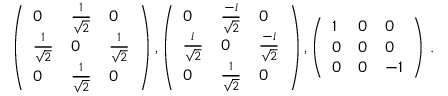
\left( \begin{array} { l l l } { 0 } & { \frac { 1 } { { \sqrt { 2 } } } } & { 0 } \\ { \frac { 1 } { { \sqrt { 2 } } } } & { 0 } & { \frac { 1 } { { \sqrt { 2 } } } } \\ { 0 } & { \frac { 1 } { { \sqrt { 2 } } } } & { 0 } \end{array} \right) , \left( \begin{array} { l l l } { 0 } & { \frac { - i } { \sqrt { 2 } } } & { 0 } \\ { \frac { i } { { \sqrt { 2 } } } } & { 0 } & { \frac { - i } { { \sqrt { 2 } } } } \\ { 0 } & { \frac { 1 } { { \sqrt { 2 } } } } & { 0 } \end{array} \right) , \left( \begin{array} { l l l } { 1 } & { 0 } & { 0 } \\ { 0 } & { 0 } & { 0 } \\ { 0 } & { 0 } & { - 1 } \end{array} \right) \, .